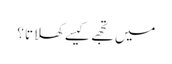
میں تجھے کیسے کھلاتا ؟